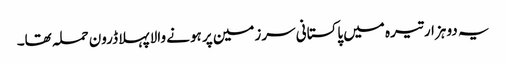
یہ دو ہزار تیرہ میں پاکستانی سرزمین پر ہونے والا پہلا ڈرون حملہ تھا۔